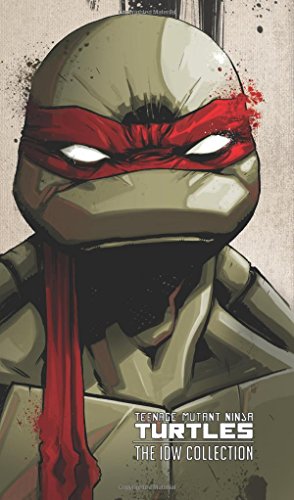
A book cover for Teenage Mutant Ninja Turtles: The IDW Collection Volume 1 (Tmnt Ongoing (Idw) Coll Hc); Tom Waltz; Comics & Graphic Novels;